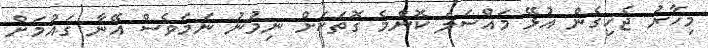
މިހާރު ޖެހިގެން އުޅޭ މައްސަލަ ކޮންމެ ގޮތަކަށް ނިމުނު ނަމަވެސް އޭނާ ގައުމަށް